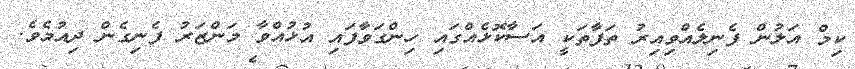
ކިމް އަލުން ފެނިލެއްވިއިރު ތަފާތަކީ އަސާކޮޅެއްގައި ހިންގަވާފައި އުޅުއްވާ މަންޒަރު ފެނިގެން ދިއުމެވެ.